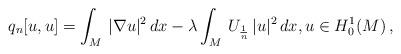
LaTeX: \begin{align*}q_n[u,u] = \int_{M}\, |\nabla u|^2\, dx -\lambda \int_M \, U_{\frac 1n} \, |u|^2 \, dx , u\in H^1_0(M)\, ,\end{align*}